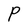
Character: P